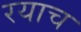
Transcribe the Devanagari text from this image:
रयाच